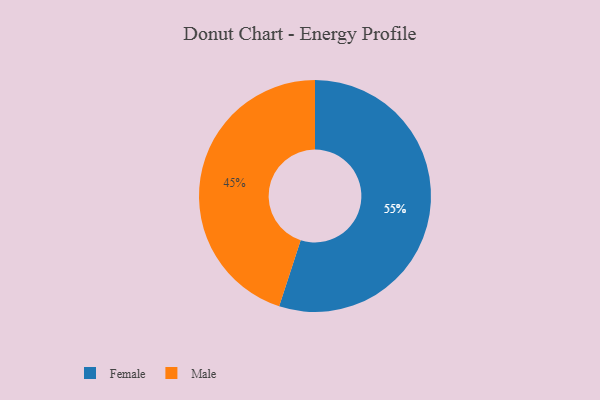
{"axis": {"x": "Category", "y": "Percentage"}, "legend": ["Female", "Male"], "data": [{"x": "Female", "y": 55, "type": "Female"}, {"x": "Male", "y": 45, "type": "Male"}]}